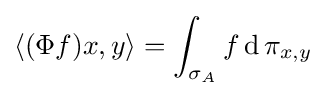
\langle (\Phi f)x,y\rangle =\int _{\sigma _{A}}f\operatorname {d} \pi _{x,y}